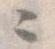
々